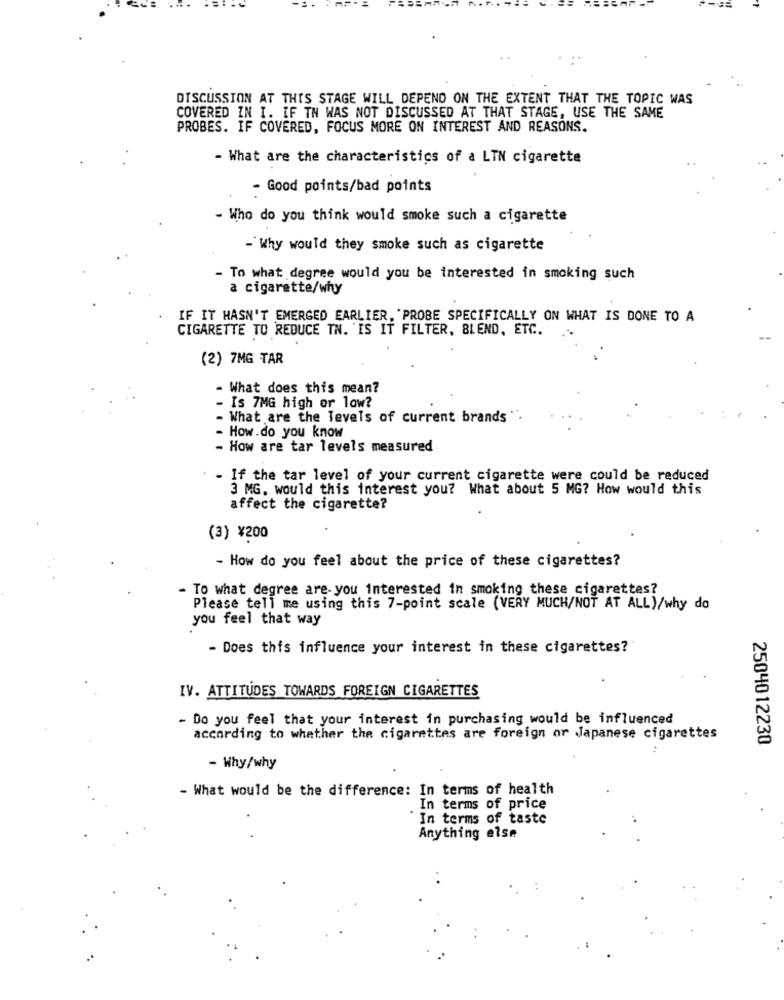
DISCUSSION AT THIS STAGE WILL DEPEND ON THE EXTENT THAT THE TOPIC WAS
COVERED IN I. IF TN WAS NOT DISCUSSED AT THAT STAGE, USE THE SAME
PROBES. IF COVERED, FOCUS MORE ON INTEREST AND REASONS.
- What are the characteristics of a LTN cigarette
- Good points/bad points
- Who do you think would smoke such a cigarette
- Why would they smoke such as cigarette
- To what degree would you be interested in smoking such
a cigarette/why
IF IT HASN'T EMERGED EARLIER, PROBE SPECIFICALLY ON WHAT IS DONE TO A
CIGARETTE TO REDUCE TN. IS IT FILTER, BLEND, ETC.
(2) 7MG TAR
- What does this mean?
- Is 7MG high or low?
What are the levels of current brands ".
How.do you know
- How are tar levels measured
If the tar level of your current cigarette were could be reduced
3 MG. would this interest you? What about 5 MG? How would this
affect the cigarette?
(3) ¥200
- How do you feel about the price of these cigarettes?
- To what degree are you interested in smoking these cigarettes?
Please tell me using this 7-point scale (VERY MUCH/NOT AT ALL)/why do
you feel that way
- Does this influence your interest in these cigarettes?
IV. ATTITUDES TOWARDS FOREIGN CIGARETTES
- Do you feel that your interest in purchasing would be influenced
according to whether the cigarettes are foreign or Japanese cigarettes
2504012230
- Why/why
- What would be the difference: In terms of health
In terms of price
In terms of taste
Anything else